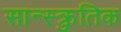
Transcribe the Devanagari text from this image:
सान्स्क्रुतिक